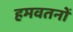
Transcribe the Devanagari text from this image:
हमवतनों